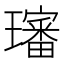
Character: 𤪺